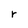
Character: r